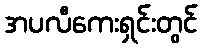
အပလီကေးရှင်းတွင်